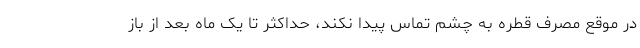
در موقع مصرف قطره به چشم تماس پیدا نکند، حداکثر تا یک ماه بعد از باز